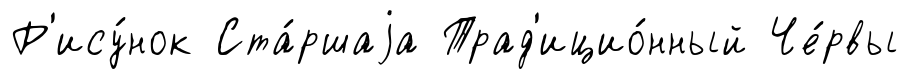
Р'ису́нок Ста́ршаjа Трад'ицио́нный Че́рвы